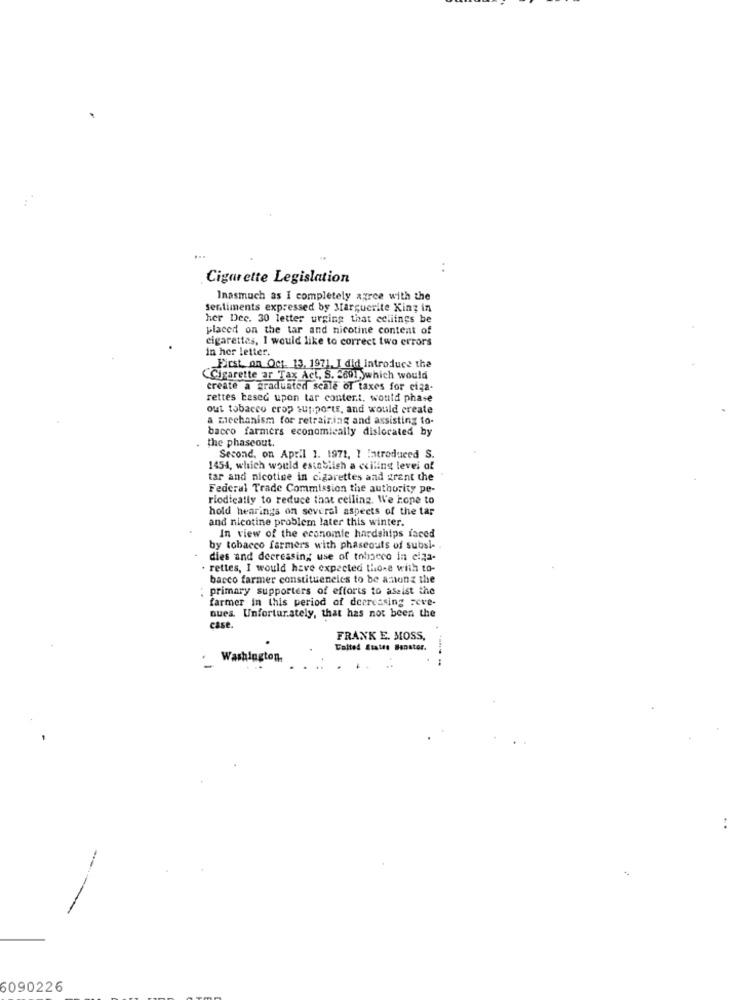
. .
Cigarette Legislation
Inasmuch as I completely agree with the
sentiments expressed by Marguerite King in
her Dee. 30 letter urging that ecliings be
placed on the tar and nicotine content of
cigarettes, I would like to correct two errors
in her letter.
First, on Oct. 13, 1971. I did introduce the
(Cigarette ar Tax Act, S. 280,which would
create a graduated scale of taxes for ciga-
rettes based upon tar content, would phase
out tobacco crop supports, and would create
a micehanism for retraining and assisting to-
bacco farmers economically dislocated by
. the phaseout.
Second, on April 1. 1971, 1 Introduced S.
1454, which would establish a ccilins level of
tar and nicotine in cigarettes and grant the
Federal Trade Commission the authority pe-
riodically to reduce that ceiling. We hope to
hold hearings on several aspects of the tar
and nicotine problem later this winter.
In view of the economic hardships faced
by tobacco farmers with phaseouts of subsi-
dies and decreasing use of tobacco in ciza-
rettes, I would have expected those with to-
bacco farmer constituencies to be among the
: primary supporters of efforts to assist the
farmer in this period of decreasing seve-
ques. Unfortunately, that has not been the
case.
FRANK E. MOSS,
Calted States Bonstor.
Washington
6090226